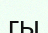
гы